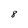
Character: 8